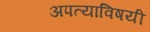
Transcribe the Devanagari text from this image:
अपत्याविषयी